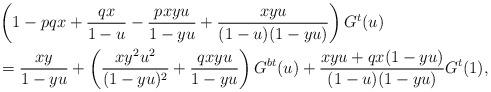
LaTeX: \begin{align*}&\left(1-pqx+\frac{qx}{1-u}-\frac{pxyu}{1-yu}+\frac{xyu}{(1-u)(1-yu)}\right)G^t(u)\\&=\frac{xy}{1-yu}+\left(\frac{xy^2u^2}{(1-yu)^2}+\frac{qxyu}{1-yu}\right)G^{bt}(u)+\frac{xyu+qx(1-yu)}{(1-u)(1-yu)}G^t(1),\end{align*}